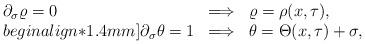
LaTeX: \begin{align*}\begin{array}{ccc} \partial_{\sigma}\varrho=0\hfill &\Longrightarrow &\varrho=\rho(x,\tau),\hfill\\begin{align*}1.4mm] \partial_{\sigma}\theta=1\hfill &\Longrightarrow\hfill &\theta=\Theta(x,\tau)+\sigma,\hfill\end{array}\end{align*}